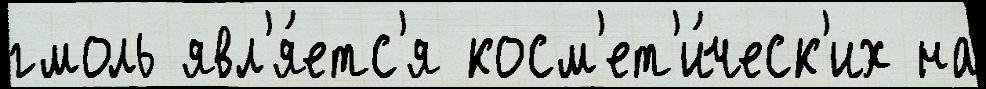
гмоль явл'я́етс'я косм'ет'и́ческ'их на